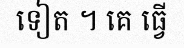
ទៀត ។ គេ ធ្វើ